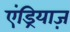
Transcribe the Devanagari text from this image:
एंड्रियाज़